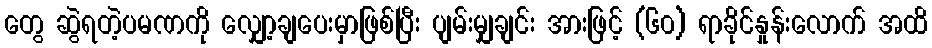
တွေ ဆွဲရတဲ့ပမဏကို လျှော့ချပေးမှာဖြစ်ပြီး ပျမ်းမျှချင်း အားဖြင့် (၆၀) ရာခိုင်နှုန်းလောက် အထိ